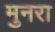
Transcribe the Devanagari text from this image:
मुनरा